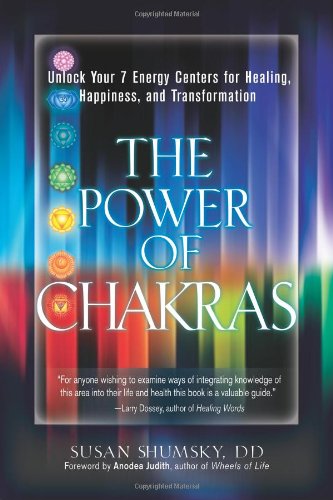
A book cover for The Power of Chakras: Unlock Your 7 Energy Centers for Healing, Happiness and Transformation; Susan Shumsky; Religion & Spirituality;